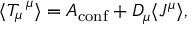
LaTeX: \langle T _ { \mu } ^ { ~ \mu } \rangle = { \cal A } _ { \mathrm { c o n f } } + D _ { \mu } \langle J ^ { \mu } \rangle ,